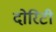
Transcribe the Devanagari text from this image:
दोरिटी